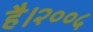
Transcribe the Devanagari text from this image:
है।२००५